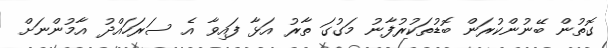
ގޮތުން ބޭނުންކުރަން ބޮޑުތަކުރުފާނު މަގުގަ ތާރު އަޅާ ފައިވާ އެ ސަރަހައްދު އާމުންނަށް